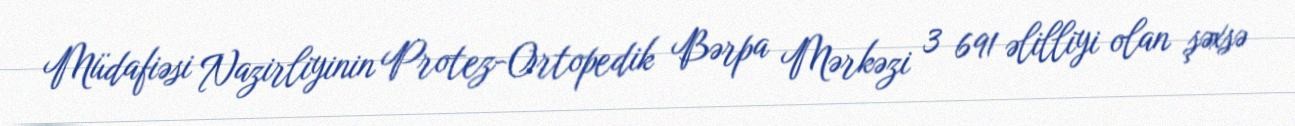
Müdafiəsi Nazirliyinin Protez-Ortopedik Bərpa Mərkəzi 3 691 əlilliyi olan şəxsə